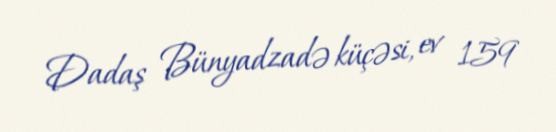
Dadaş Bünyadzadə küçəsi, ev 159